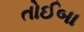
તોઈબા